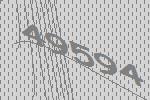
49594